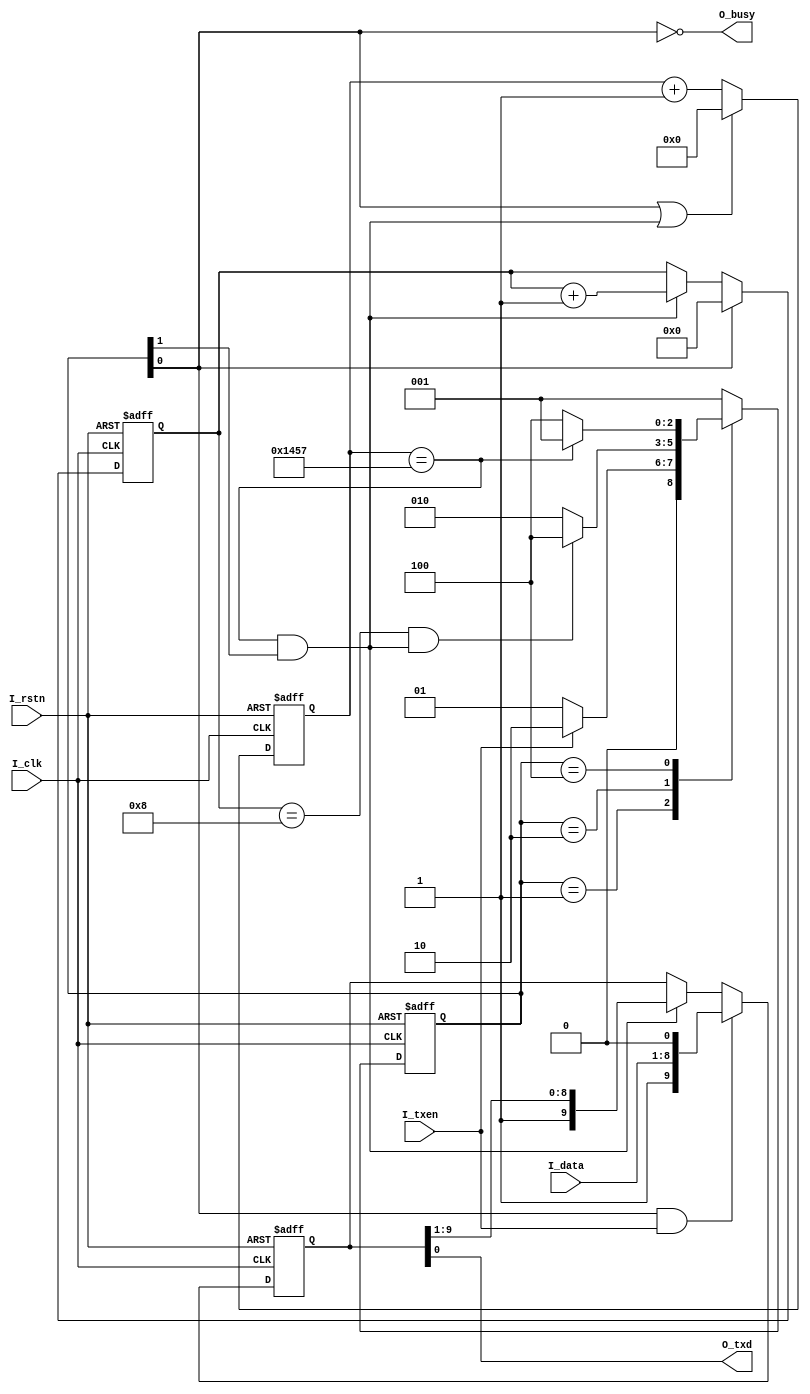
module uart_tx #(
	parameter	FREQUENCY	= 50000000,
	parameter	BAUDRATE	= 9600,
	parameter	DATABITS	= 8,
	parameter	PARITY		= "N",	//"N" "O" "E" "M" "S"
	parameter	STOPBITS	= 1.0
)(
	input					I_clk,
	input					I_rstn,
	
	input	[DATABITS-1:0]	I_data,
	input					I_txen,
	output					O_busy,
	
	output					O_txd
);

	localparam CNTDIV	= FREQUENCY/BAUDRATE;
	localparam STOPBITS2= (STOPBITS == 1.5) ? 3 : ((STOPBITS == 1.0) ? 2 : 4);
	localparam CNTMAX	= STOPBITS2*CNTDIV/2;
//	localparam CNTMAX	= $rtoi(STOPBITS*2.0)*CNTDIV/2;	//be replaced by 2 lines upper
	localparam CNTWIDTH	= $clog2(CNTMAX);
	localparam BITNUM	= 1+DATABITS+(PARITY != "N");	//bitnums exclude stopbits
	
	localparam IDLE	= 3'b001;
	localparam SEND	= 3'b010;
	localparam STOP	= 3'b100;

	localparam IDLE_IND	= 4'd0;
	localparam SEND_IND	= 4'd1;
	localparam STOP_IND	= 4'd2;
	
	reg [2:0] R_state;
	
	reg [CNTWIDTH-1:0] R_cnt;
	wire W_nextbit;
	wire W_tx_end;
	
	reg [3:0] R_cnt_bit;
	wire W_parity_end;
	
	wire W_parity;
	reg [DATABITS+1:0] R_txdata;
	
	always@(posedge I_clk or negedge I_rstn)
	if(!I_rstn) R_state <= IDLE;
	else case(R_state)
		IDLE:if(I_txen) R_state <= SEND;
				else R_state <= IDLE;
		SEND:if(W_parity_end) R_state <= STOP;
				else R_state <= SEND;
		STOP:if(W_tx_end) R_state <= IDLE;
				else R_state <= STOP;
		default:R_state <= IDLE;
	endcase
	
	
	always@(posedge I_clk or negedge I_rstn)
	if(!I_rstn) R_cnt <= {CNTWIDTH{1'b0}};
	else if(R_state[IDLE_IND] || W_nextbit) R_cnt <= {CNTWIDTH{1'b0}};
	else R_cnt <= R_cnt + 1'b1;
	
	assign W_nextbit = (R_cnt == (CNTDIV - 1'b1)) && R_state[SEND_IND];
	assign W_tx_end = (R_cnt == (CNTMAX - 1'b1));
	
	
	always@(posedge I_clk or negedge I_rstn)
	if(!I_rstn) R_cnt_bit <= 4'b0;
	else if(R_state[IDLE_IND]) R_cnt_bit <= 4'b0;
	else if(W_nextbit) R_cnt_bit <= R_cnt_bit + 1'b1;
	else R_cnt_bit <= R_cnt_bit;
	
	assign W_parity_end = (R_cnt_bit == (BITNUM-1)) && W_nextbit;
	
	
	generate
		case(PARITY)
			"N":assign W_parity = 1'b1;
			"O":assign W_parity = (!(^I_data));
			"E":assign W_parity = (^I_data);
			"M":assign W_parity = 1'b1;
			"S":assign W_parity = 1'b0;
		endcase
	endgenerate
	
	always@(posedge I_clk or negedge I_rstn)
	if(!I_rstn) R_txdata <= {(DATABITS+2){1'b1}};
	else if(R_state[IDLE_IND] && I_txen) R_txdata <= {W_parity,I_data,1'b0};
	else if(W_nextbit) R_txdata <= {1'b1,R_txdata[(DATABITS+1):1]};
	else R_txdata <= R_txdata;


	assign O_busy = (!R_state[IDLE_IND]);
	assign O_txd = R_txdata[0];

endmodule